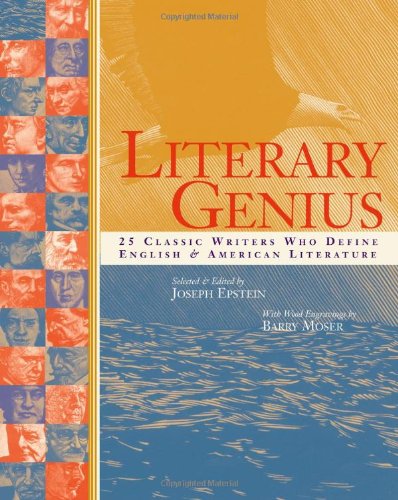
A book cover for Literary Genius: 25 Classic Writers Who Define English & American Literature; Literature & Fiction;